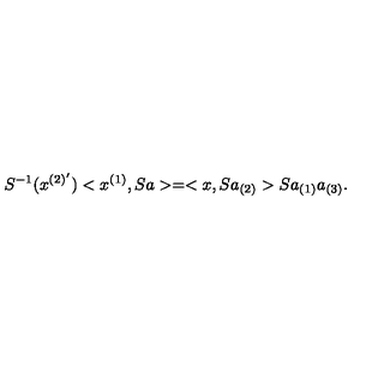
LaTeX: S ^ { - 1 } ( x ^ { ( 2 ) ^ { \prime } } ) < x ^ { ( 1 ) } , S a > = < x , S a _ { ( 2 ) } > S a _ { ( 1 ) } a _ { ( 3 ) } .